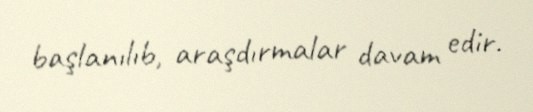
başlanılıb, araşdırmalar davam edir.